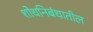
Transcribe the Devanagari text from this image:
शोधनिबंधातील